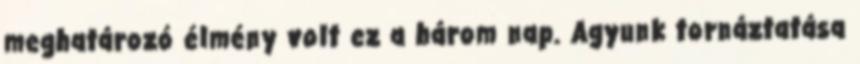
meghatározó élmény volt ez a három nap. Agyunk tornáztatása